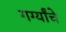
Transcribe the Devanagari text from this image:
गर्ग्यांचे